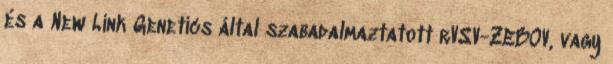
és a New Link Genetics által szabadalmaztatott rVSV-ZEBOV, vagy